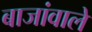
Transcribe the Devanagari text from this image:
बाजांवाले